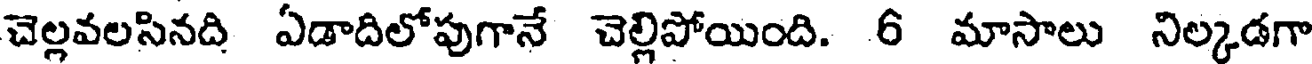
చెల్లవలసినది ఏడాదిలోపుగానే చెల్లిపోయింది. 6 మాసాలు నిల్కడగా